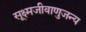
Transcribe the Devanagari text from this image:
सूक्ष्मजीवाणुजन्य